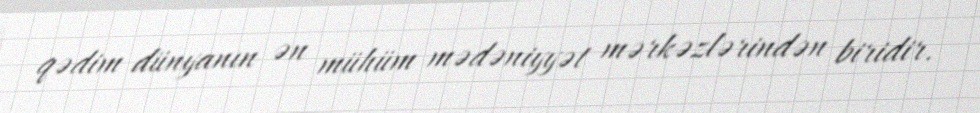
qədim dünyanın ən mühüm mədəniyyət mərkəzlərindən biridir.